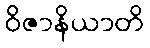
ဝိဇာနိယာတိ